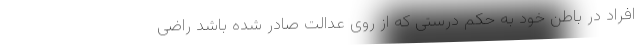
افراد در باطن خود به حکم درستی که از روی عدالت صادر شده باشد راضی